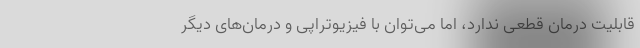
قابلیت درمان قطعی ندارد، اما می‌توان با فیزیوتراپی و درمان‌های دیگر